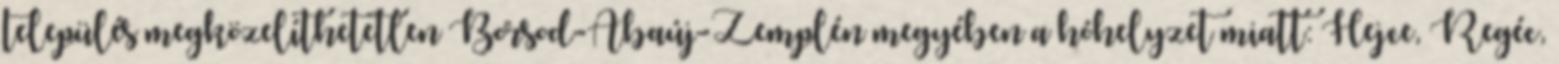
település megközelíthetetlen Borsod-Abaúj-Zemplén megyében a hóhelyzet miatt: Hejce, Regéc,